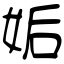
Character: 姤